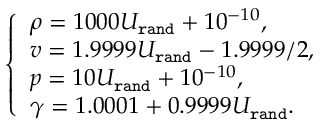
\begin{array} { r } { \left\{ \begin{array} { l l } { \rho = 1 0 0 0 U _ { \tt r a n d } + 1 0 ^ { - 1 0 } , } \\ { v = 1 . 9 9 9 9 U _ { \tt r a n d } - 1 . 9 9 9 9 / 2 , } \\ { p = 1 0 U _ { \tt r a n d } + 1 0 ^ { - 1 0 } , } \\ { \gamma = 1 . 0 0 0 1 + 0 . 9 9 9 9 U _ { \tt r a n d } . } \end{array} \right. } \end{array}